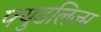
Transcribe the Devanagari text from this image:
फ्युडलिज्म